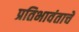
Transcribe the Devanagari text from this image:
प्रतिभावंताचे